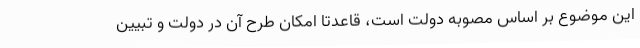
این موضوع بر اساس مصوبه دولت است، قاعدتا امکان طرح آن در دولت و تبیین